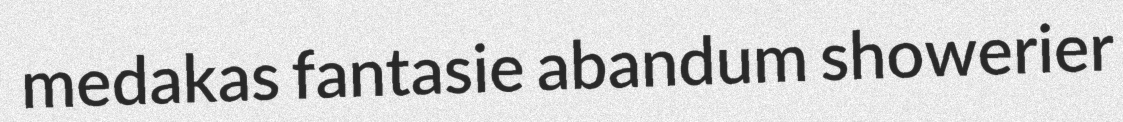
medakas fantasie abandum showerier